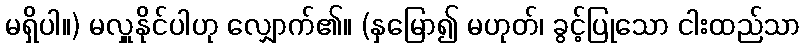
မရှိပါ။) မလှူနိုင်ပါဟု လျှောက်၏။ (နှမြော၍ မဟုတ်၊ ခွင့်ပြုသော ငါးထည်သာ